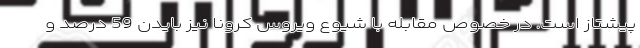
پیشتاز است. در خصوص مقابله با شیوع ویروس کرونا نیز بایدن 59 درصد و